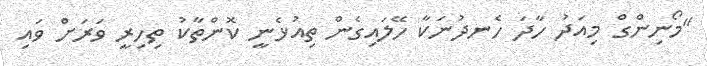
"މޯނިންގް މިއަދު ހާދަ ހެނދުނަކާ ހޭލައިގެން ތިއުޅެނީ ކޮންތާކު ތިހިރީ ވަރަށް ވައި